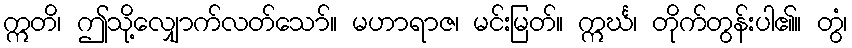
ဣတိ၊ ဤသို့လျှောက်လတ်သော်။ မဟာရာဇ၊ မင်းမြတ်။ ဣင်္ဃ၊ တိုက်တွန်းပါ၏။ တွံ၊